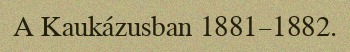
A Kaukázusban 1881–1882.